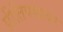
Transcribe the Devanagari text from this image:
प्रीतिपथावर